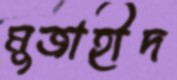
মুজাহীদ